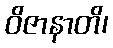
ဝိဇာနာတိ၊